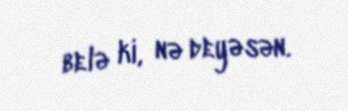
belə ki, nə deyəsən.